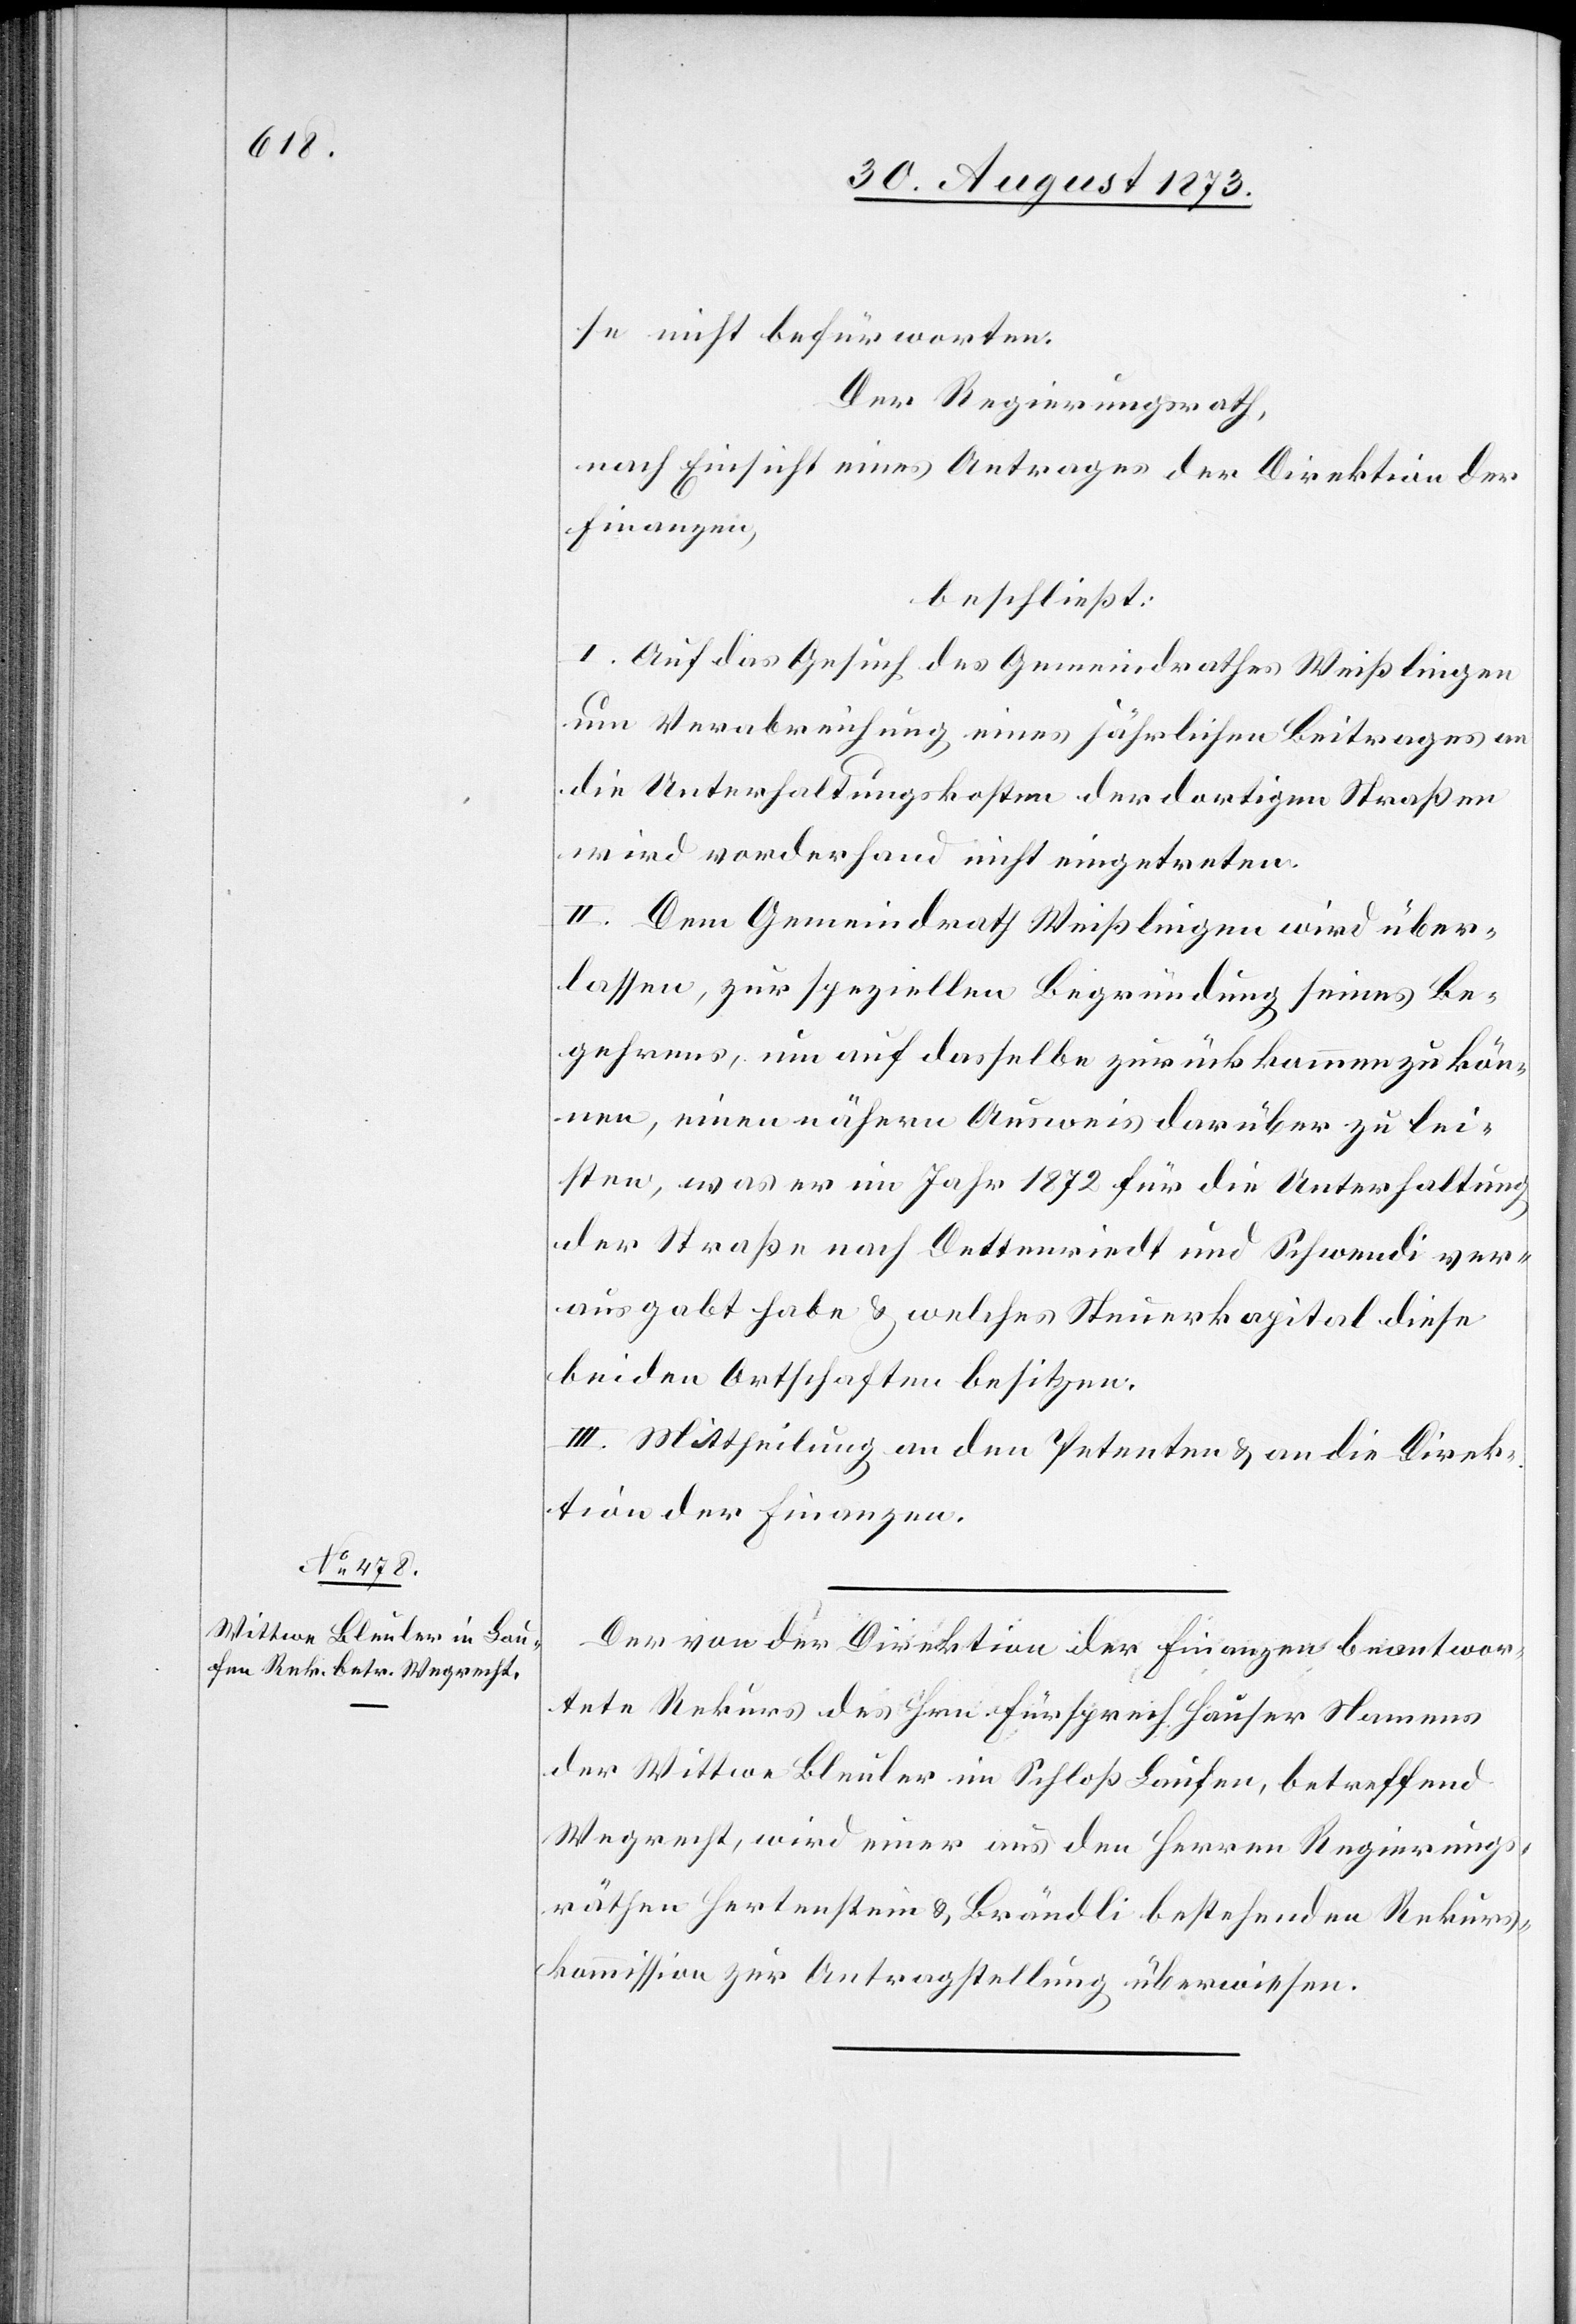
se nicht befürworten.
Der Regierungsrath,
nach Einsicht eines Antrages der Direktion der
Finanzen,
beschließt:
I. Auf das Gesuch des Gemeindrathes Weißlingen
um Verabreichung eines jährlichen Beitrages an
die Unterhaltungskosten der dortigen Straßen
wird vorderhand nicht eingetreten.
II. Dem Gemeindrath Weißlingen wird über¬
lassen, zur speziellen Begründung seines Be¬
gehrens, um auf dasselbe zurückkommen zu kön¬
nen, einen nähern Ausweis darüber zu lei¬
sten, was er im Jahr 1872 für die Unterhaltung
der Straße nach Dettenriedt und Schwendi ver¬
ausgabt habe & welches Steuerkapital diese
beiden Ortschaften besitzen.
III. Mittheilung an den Petenten & an die Direk¬
tion der Finanzen.
Der von der Direktion der Finanzen beantwor¬
tete Rekurs des Hrn. Fürsprech Hauser Namens
der Wittwe Bleuler im Schloß Laufen, betreffend
Wegrecht, wird einer aus den Herren Regierungs¬
räthen Hertenstein & Brändli bestehenden Rekurs¬
kommission zur Antragstellung überwiesen.